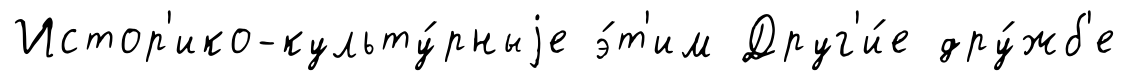
Истор'ико-культу́рныjе э́т'им Друг'и́е дру́жб'е